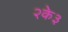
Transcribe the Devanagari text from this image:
२के३